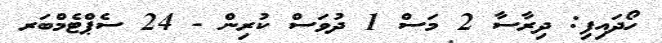
ހޯދައިފި: ދިރާސާ 2 މަސް 1 ދުވަސް ކުރިން - 24 ސެޕްޓެމްބަރ